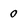
Character: o